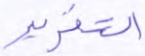
التقرير